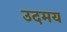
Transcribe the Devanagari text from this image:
उदमय